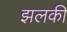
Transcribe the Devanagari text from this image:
झलकी